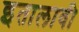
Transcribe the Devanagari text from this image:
इतालावी